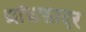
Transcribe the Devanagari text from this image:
ग्रांडफादर